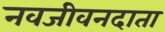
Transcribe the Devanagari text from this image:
नवजीवनदाता